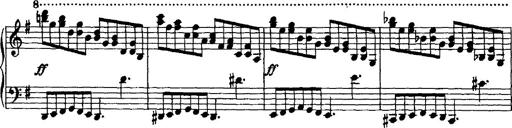
Title: Rondo di bravura
Composer: Franz Liszt